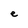
Character: e